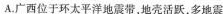
A.广西位于环太平洋地震带，地壳活跃，多地震